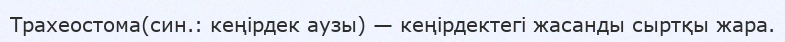
Трахеостома(син.: кеңірдек аузы) — кеңірдектегі жасанды сыртқы жара.